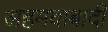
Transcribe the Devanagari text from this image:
अहमदाबादी